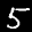
Label: 5